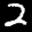
Label: 2